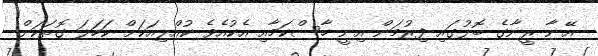
އޭނާ ރީނާގެ ބޮލުގައި ފިރުމަން އިނީ ހާސްކަމާއި އެކުއެވެ ކުއްލިއަކަށް ކަހަލަ ގޮތަކަށް